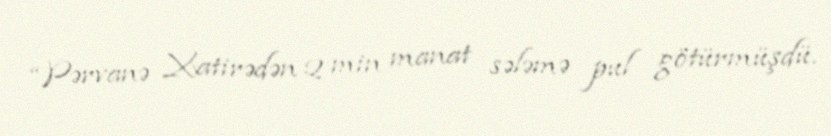
“Pərvanə Xatirədən 2 min manat sələmə pul götürmüşdü.